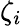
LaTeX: \zeta_{i}